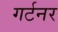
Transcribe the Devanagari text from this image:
गर्टनर